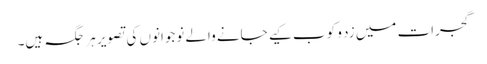
گجرات میں زد و کوب کیے جانے والے نوجوانوں کی تصویر ہر جگہ ہیں۔